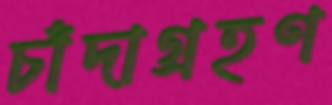
চাঁদাগ্রহণ